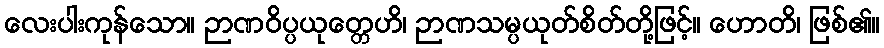
လေးပါးကုန်သော။ ဉာဏဝိပ္ပယုတ္တေဟိ၊ ဉာဏသမ္ပယုတ်စိတ်တို့ဖြင့်။ ဟောတိ၊ ဖြစ်၏။